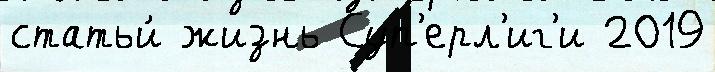
статьи́ жизнь Суп'ерл'иг'и 2019